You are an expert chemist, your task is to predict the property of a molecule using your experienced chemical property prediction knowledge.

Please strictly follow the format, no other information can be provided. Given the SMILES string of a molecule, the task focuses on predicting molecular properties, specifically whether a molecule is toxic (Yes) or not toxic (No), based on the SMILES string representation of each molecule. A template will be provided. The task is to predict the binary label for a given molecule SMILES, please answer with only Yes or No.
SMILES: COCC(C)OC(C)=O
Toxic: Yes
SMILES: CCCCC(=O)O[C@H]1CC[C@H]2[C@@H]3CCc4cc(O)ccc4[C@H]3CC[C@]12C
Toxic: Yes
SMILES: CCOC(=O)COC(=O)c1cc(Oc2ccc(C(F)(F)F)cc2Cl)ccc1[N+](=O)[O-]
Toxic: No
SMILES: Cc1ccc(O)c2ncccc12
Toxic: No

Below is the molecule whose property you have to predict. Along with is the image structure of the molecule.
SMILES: CN[C@H]1CCc2cc(OC)c(OC)c(OC)c2-c2ccc(OC)c(=O)cc21
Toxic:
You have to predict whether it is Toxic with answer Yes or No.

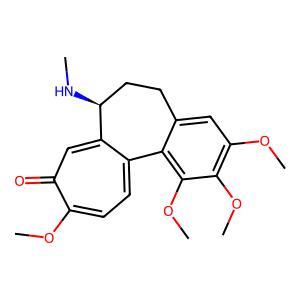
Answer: No